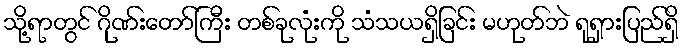
သို့ရာတွင် ဂိုဏ်းတော်ကြီး တစ်ခုလုံးကို သံသယရှိခြင်း မဟုတ်ဘဲ ရုရှားပြည်ရှိ